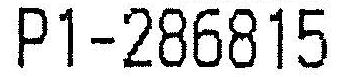
P1-286815